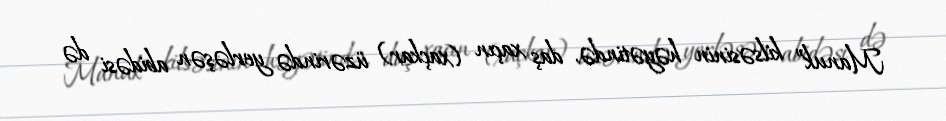
Manuk” kilsəsinin həyətində, daş xaçın (xaçkar) üzərində yerləşən abidəsi də